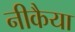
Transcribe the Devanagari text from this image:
नीकैया